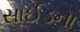
સાઈડના